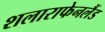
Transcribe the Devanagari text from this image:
शलाराफेनलैंड